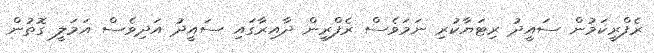
ރެފްރީކަމުން ސައީދު ރިޓަޔާކުރި ނަމަވެސް ރެފްރީން ދާއިރާގައި ސައީދު އަދިވެސް އަމަލީ ގޮތުން